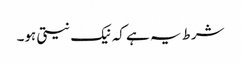
شرط یہ ہے کہ نیک نیتی ہو۔